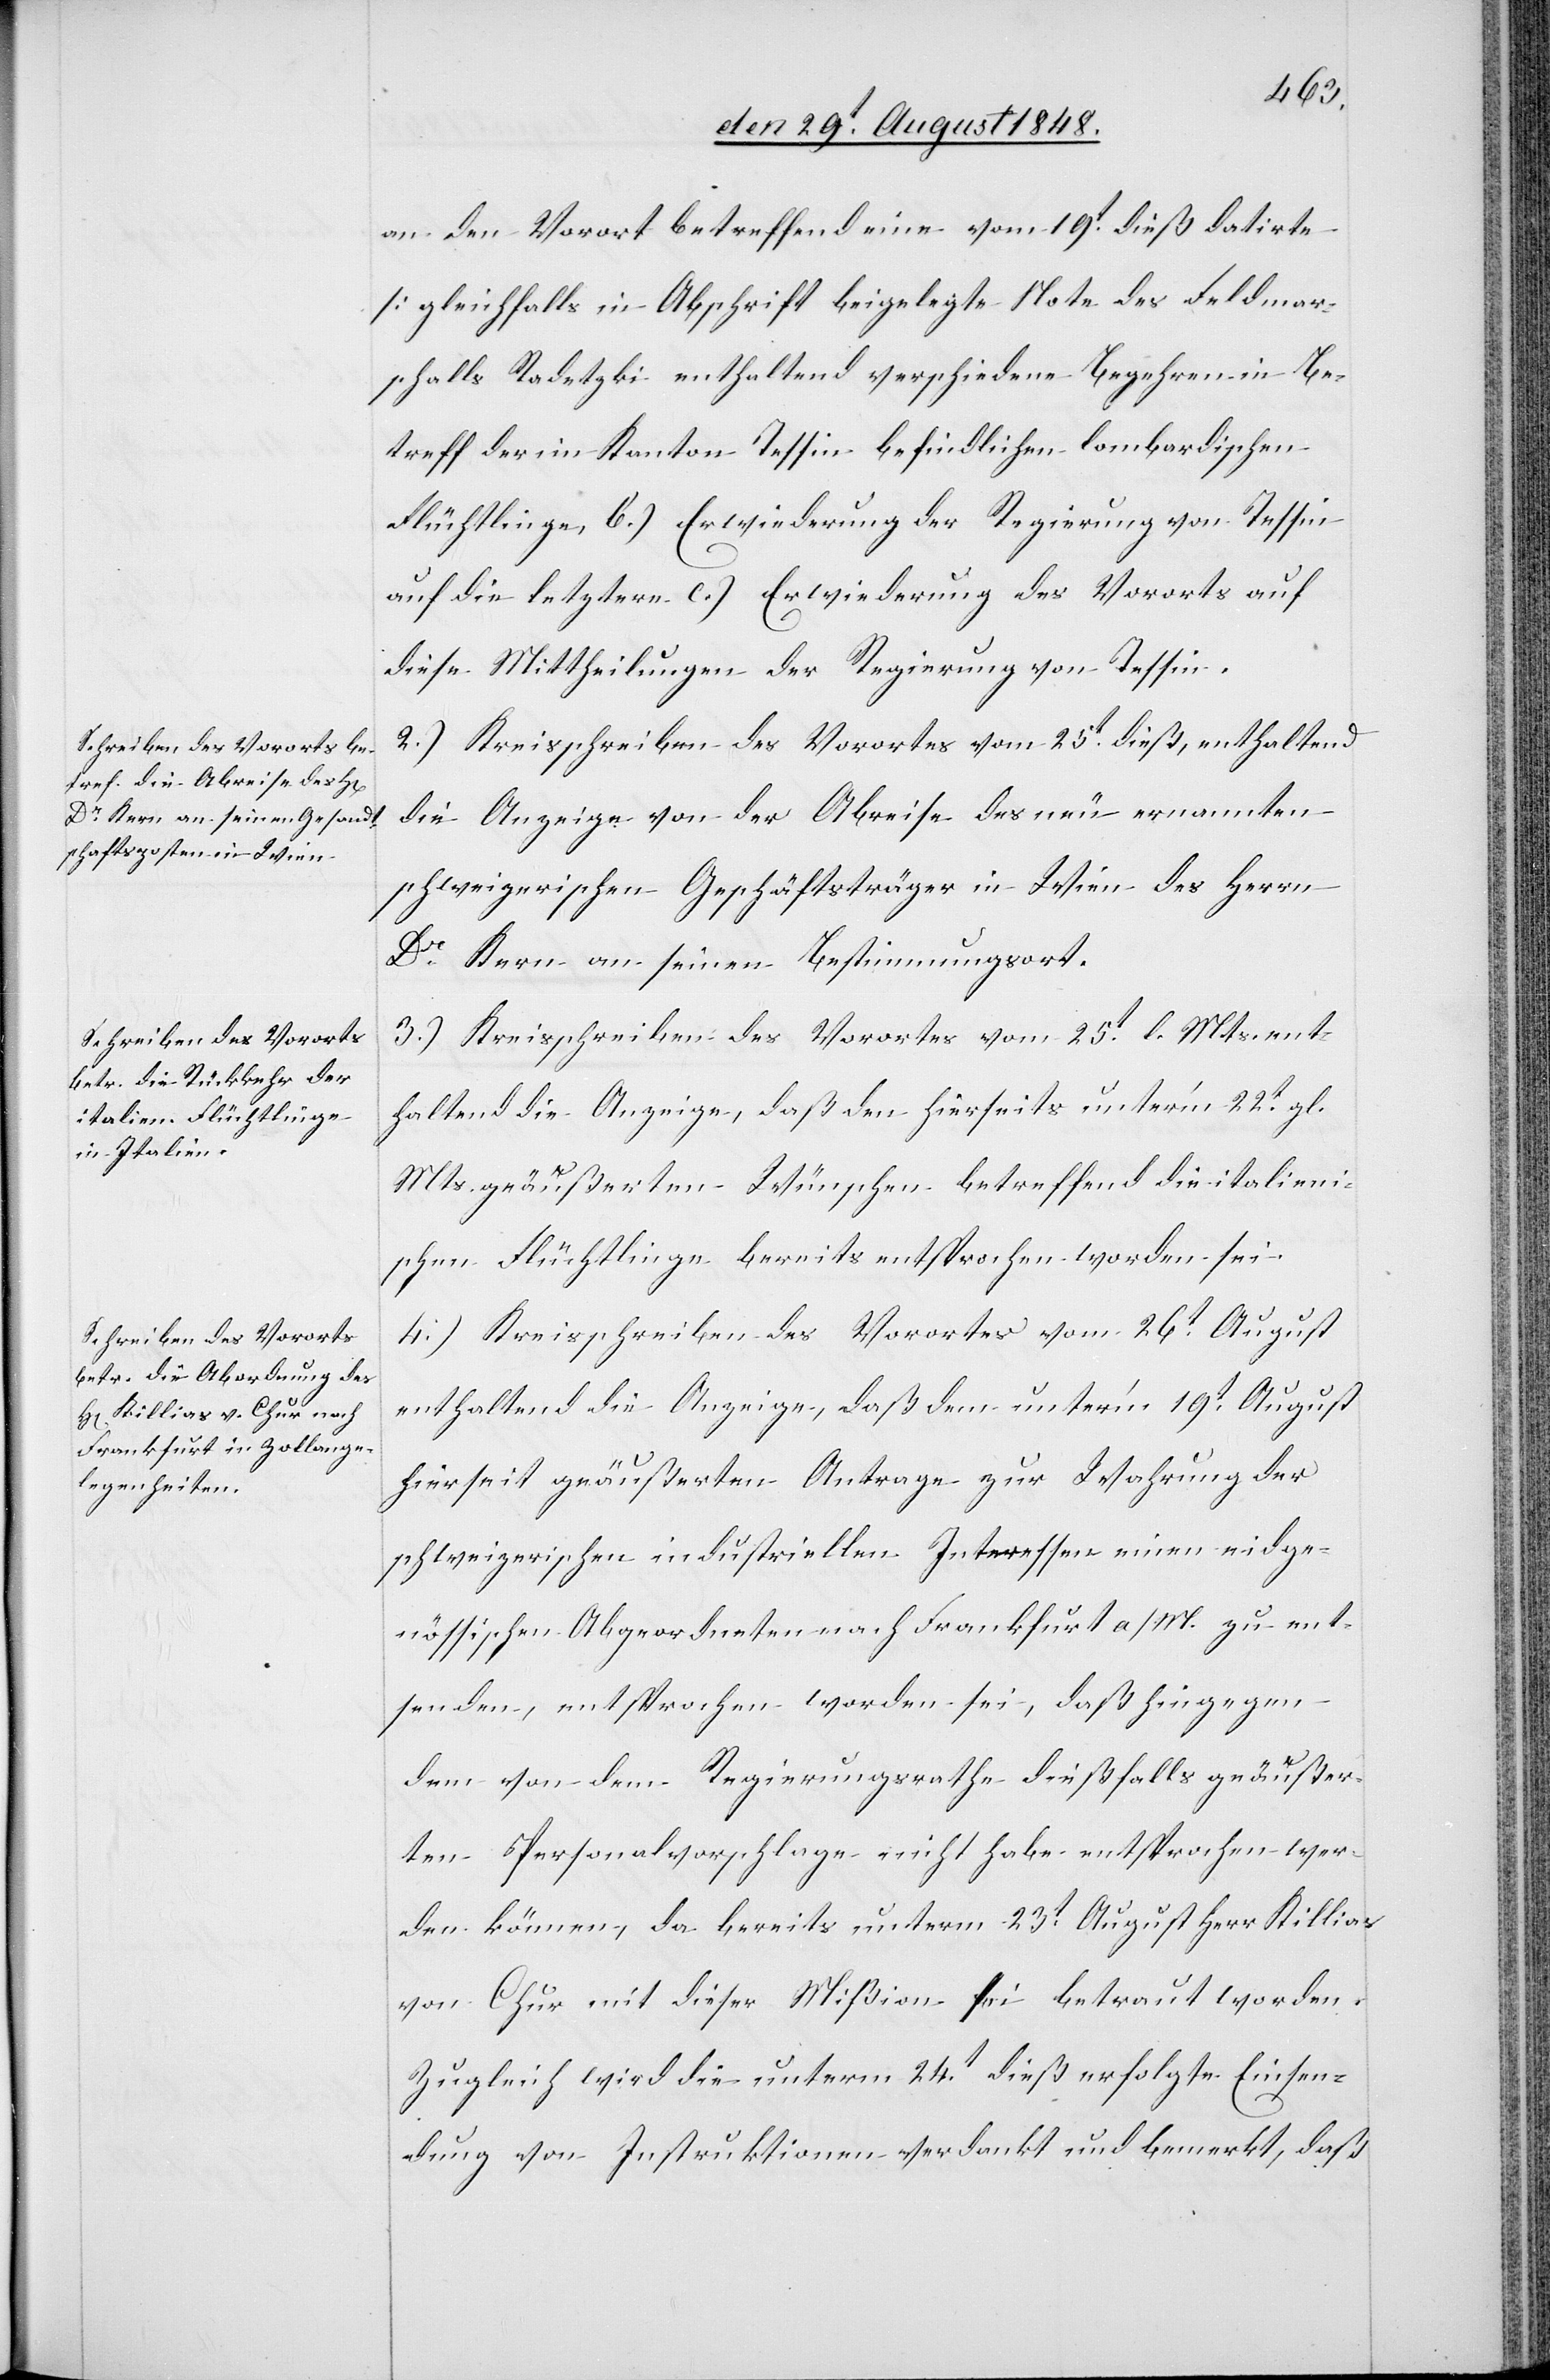
an den Vorort betreffend eine vom 19t dieß datirte
[gleichfalls in Abschrift beigelegte[]] Note des Feldmar¬
schalls Radetzki enthaltend verschiedene Begehren in Be¬
treff der im Kanton Tessin befindlichen lombardischen
Flüchtlinge, b.) Erwiederung der Regierung von Tessin
auf die letztere c.) Erwiederung des Vororts auf
diese Mittheilungen der Regierung von Tessin.
2.) Kreisschreiben des Vorortes vom 25t dieß, enthaltend
die Anzeige von der Abreise des neu ernannten
schweizerischen Geschäftsträger in Wien des Herrn
Dr Kern an seinen Bestimmungsort.
3.) Kreisschreiben des Vorortes vom 25t l. Mts. ent¬
haltend die Anzeige, daß den hierseits unter’m 22t gl.
Mts. geäußerten Wünschen betreffend die italieni¬
schen Flüchtlinge bereits entsprochen worden sei.
4.) Kreisschreiben des Vorortes vom 26t August
enthaltend die Anzeige, daß dem unter’m 19t August
hierseit geäußerten Antrage zur Wahrung der
schweizerischen industriellen Interessen einen eidge¬
nössischen Abgeordneten nach Frankfurt a/M. zu ent¬
senden, entsprochen worden sei, daß hingegen
dem von dem Regierungsrathe dießfalls geäußer¬
ten Personalvorschlage nicht habe entsprochen wer¬
den können, da bereits unterm 23t August Herr Killias
von Chur mit dieser Mißion sei betraut worden.
Zugleich wird die unterm 24t dieß erfolgte Einsen¬
dung von Instruktionen verdankt und bemerkt, daß